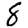
Digit: 8